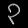
Digit: ၃